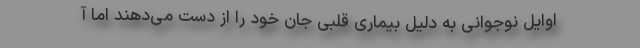
اوایل نوجوانی به دلیل بیماری قلبی جان خود را از دست می‌دهند اما آ